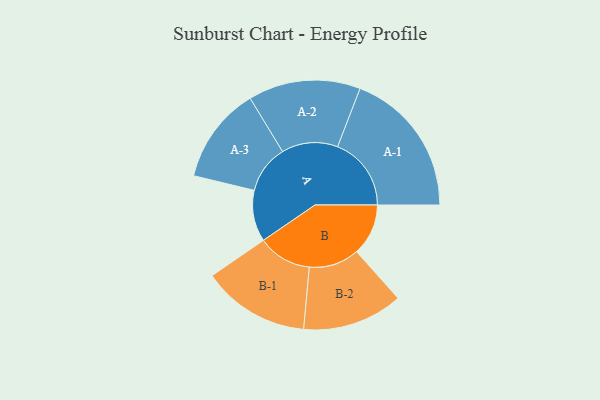
{"axis": {"x": "Segment", "y": "Value"}, "legend": ["", "A", "B"], "data": [{"x": "A", "y": 184, "type": ""}, {"x": "B", "y": 185, "type": ""}, {"x": "A-1", "y": 264, "type": "A"}, {"x": "A-2", "y": 201, "type": "A"}, {"x": "A-3", "y": 173, "type": "A"}, {"x": "B-1", "y": 193, "type": "B"}, {"x": "B-2", "y": 180, "type": "B"}]}